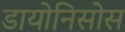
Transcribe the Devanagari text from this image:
डायोनिसोस